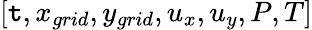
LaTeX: [\mathtt{t},{x_{grid}},{y_{grid}},{u_{x}},{u_{y}},P,T]